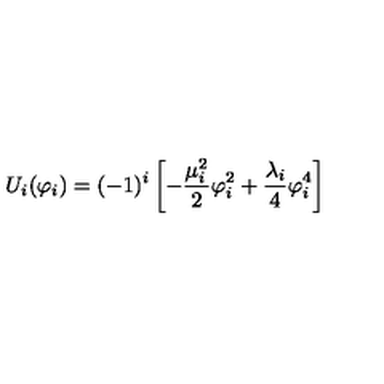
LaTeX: U _ { i } ( \varphi _ { i } ) = ( - 1 ) ^ { i } \left[ - \frac { \mu _ { i } ^ { 2 } } { 2 } \varphi _ { i } ^ { 2 } + \frac { \lambda _ { i } } { 4 } \varphi _ { i } ^ { 4 } \right]